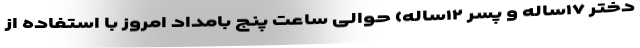
دختر ۱۷ساله و پسر ۱۲ساله) حوالی ساعت پنج بامداد امروز با استفاده از